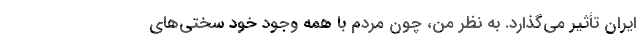
ایران تأثیر می‌گذارد. به نظر من، چون مردم با همه وجود خود سختی‌های